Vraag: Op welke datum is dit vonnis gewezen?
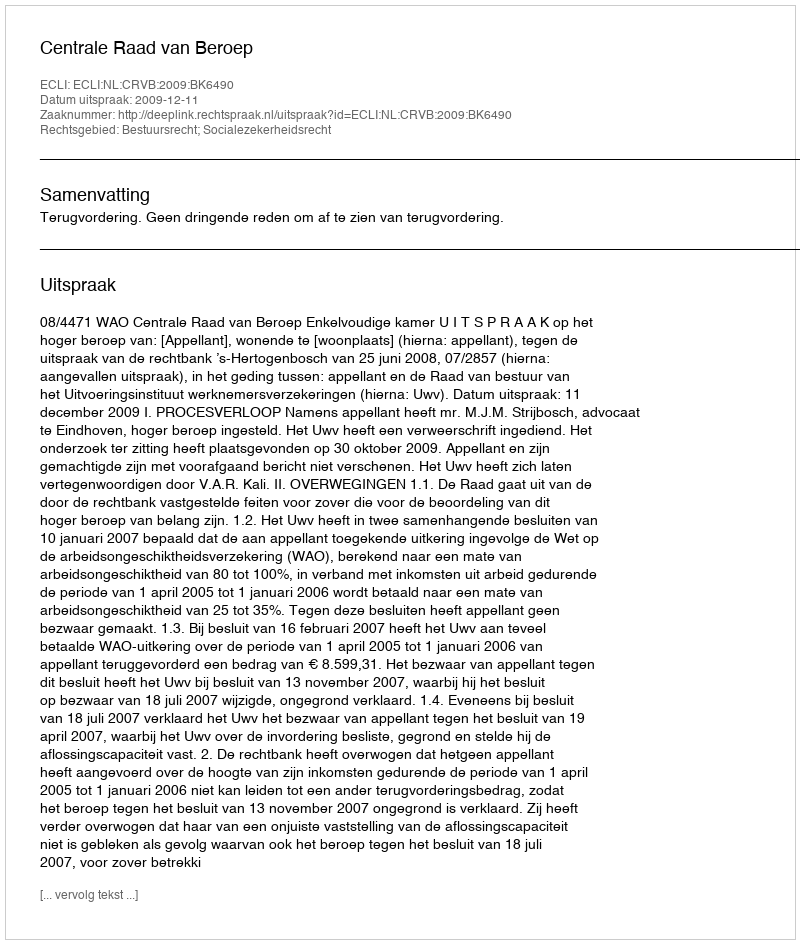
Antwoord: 2009-12-11